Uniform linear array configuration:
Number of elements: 16
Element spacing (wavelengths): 0.25
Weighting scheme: cosine
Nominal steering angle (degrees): -15
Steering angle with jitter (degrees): -16.222
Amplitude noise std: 0.05
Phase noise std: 0.05

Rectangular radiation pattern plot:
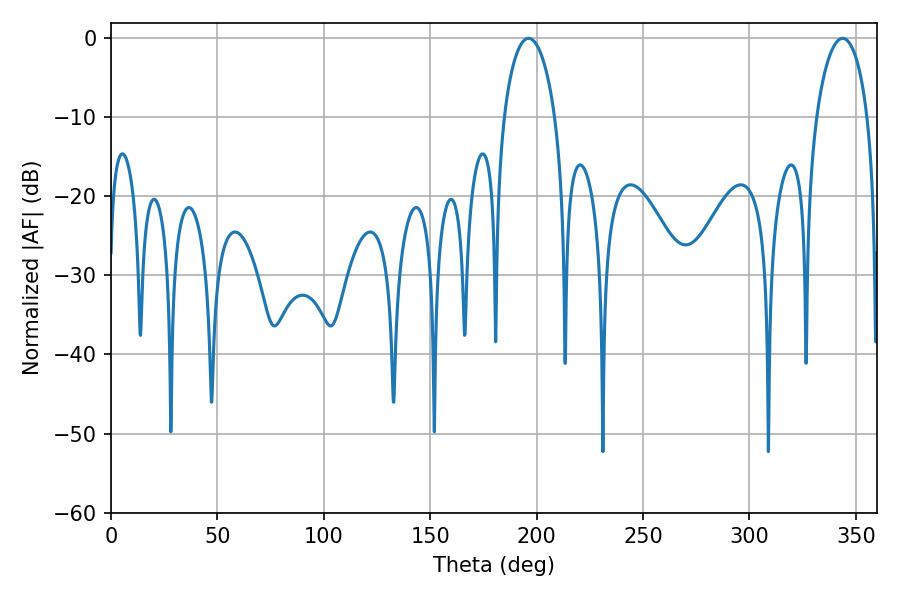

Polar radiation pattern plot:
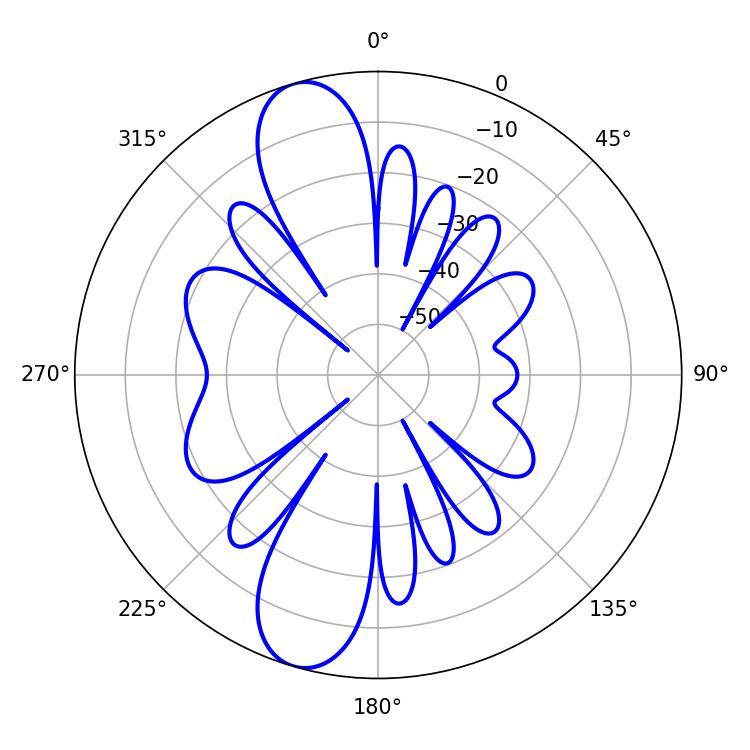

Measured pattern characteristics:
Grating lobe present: FALSE
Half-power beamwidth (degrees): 13.68
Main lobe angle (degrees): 196.2